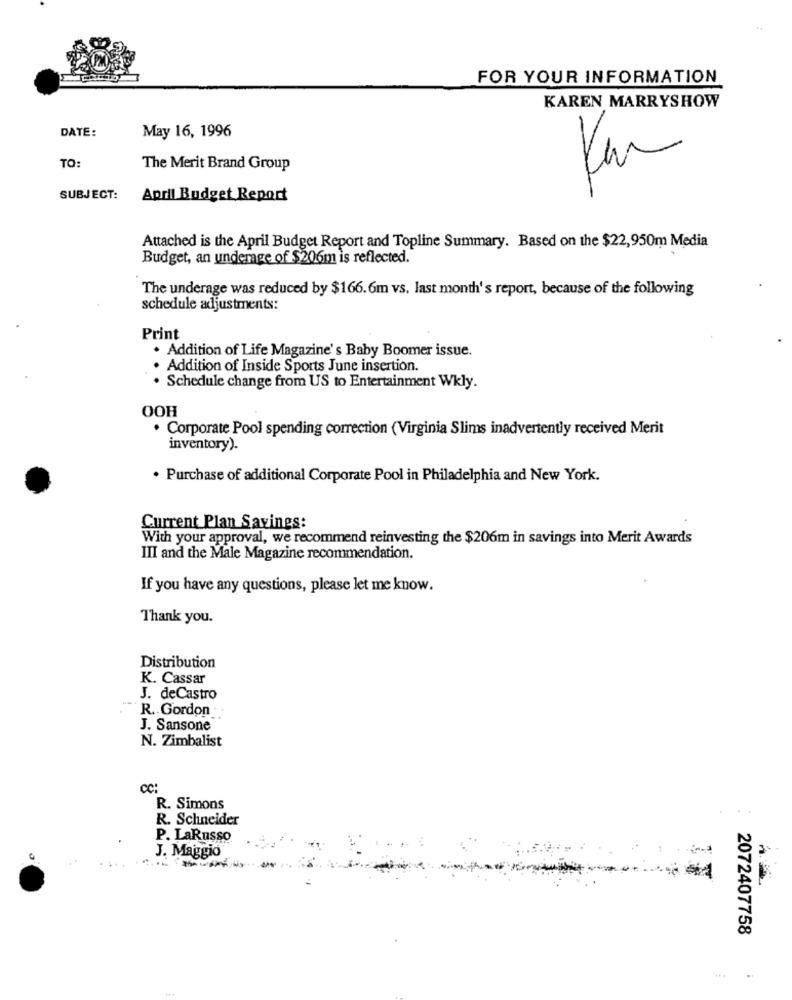
FOR YOUR INFORMATION
KAREN MARRYSHOW
DATE:
May 16, 1996
3
TO:
The Merit Brand Group
SUBJECT:
April Budget Report
Attached is the April Budget Report and Topline Summary. Based on the $22,950m Media
Budget, an underage of $206m is reflected.
The underage was reduced by $166.6m vs. last month's report, because of the following
schedule adjustments:
Print
. Addition of Life Magazine's Baby Boomer issue.
Addition of Inside Sports June insertion.
Schedule change from US to Entertainment Wkly.
OOH
· Corporate Pool spending correction (Virginia Slims inadvertently received Merit
inventory).
. Purchase of additional Corporate Pool in Philadelphia and New York.
Current Plan Savings:
With your approval, we recommend reinvesting the $206m in savings into Merit Awards
III and the Male Magazine recommendation.
If you have any questions, please let me know.
Thank you.
Distribution
K. Cassar
J. deCastro
R. Gordon
J. Sansone
N. Zimbalist
CC:
R. Simons
R. Schneider
P. LaRusso
J. Maggio
2072407758